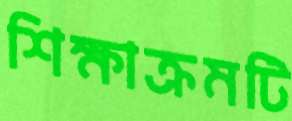
শিক্ষাক্রমটি